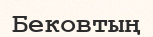
Бековтың